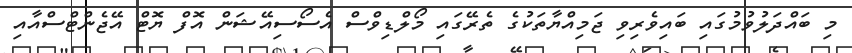
މި ބައްދަލުވުމުގައި ބައިވެރިވި ޖަމިއްޔާތަކުގެ ތެރޭގައި މޯލްޑިވްސް އެސޯސިއޭޝަން އޮފް ޔޮޓް އޭޖެންޓްސްއާއި